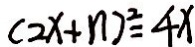
( 2 x + n ) ^ { 2 } = 4 x